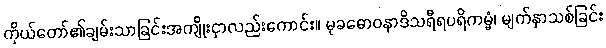
ကိုယ်တော်၏ချမ်းသာခြင်းအကျိုးငှာလည်းကောင်း။ မုခဓောဝနာဒိသရီရပရိကမ္မံ၊ မျက်နှာသစ်ခြင်း